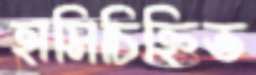
হাসিচিহ্নিত